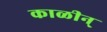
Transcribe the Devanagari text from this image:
काळीन्